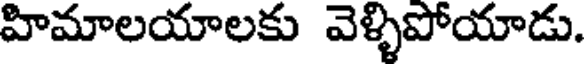
హిమాలయాలకు వెళ్ళిపోయాడు.